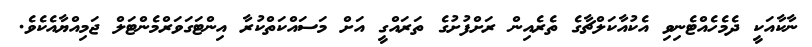
ނާކާއަކީ ދެމެހެއްޓެނިވި އެކުއާކަލްޗާގެ ތެރެއިން ރަށްފުށުގެ ތަރައްގީ އަށް މަސައްކަތްކުރާ އިންޓަގަވަރްމެންޓަލް ޖަމިއްޔާއެކެވެ.